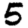
Digit: 5